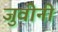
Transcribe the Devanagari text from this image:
जुवीनी